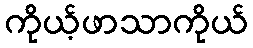
ကိုယ့်ဖာသာကိုယ်